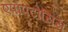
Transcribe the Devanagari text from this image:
एपॉपटोसिस